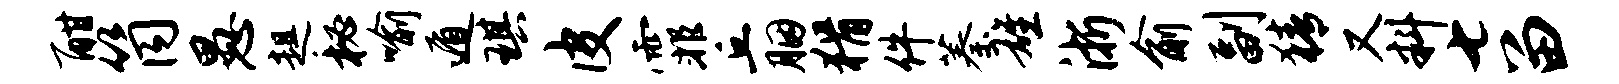
酣筒愚趄秘喻遁琪皮霏丘胭猾件蓁雄浙俞副猜又料七留